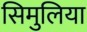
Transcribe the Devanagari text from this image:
सिमुलिया